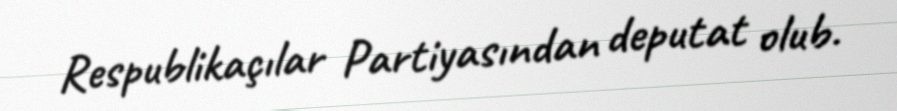
Respublikaçılar Partiyasından deputat olub.